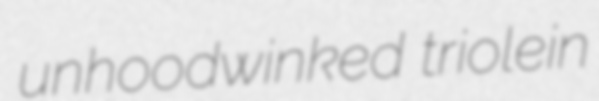
unhoodwinked triolein